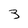
Character: 3